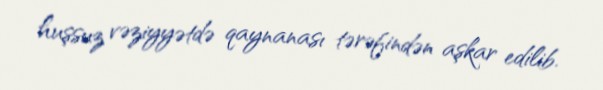
huşsuz vəziyyətdə qaynanası tərəfindən aşkar edilib.